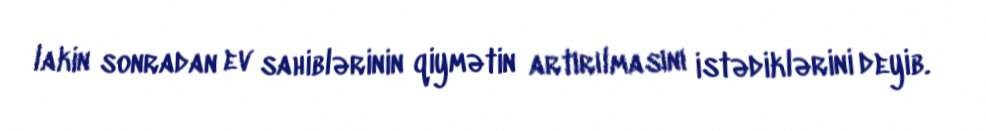
lakin sonradan ev sahiblərinin qiymətin artırılmasını istədiklərini deyib.